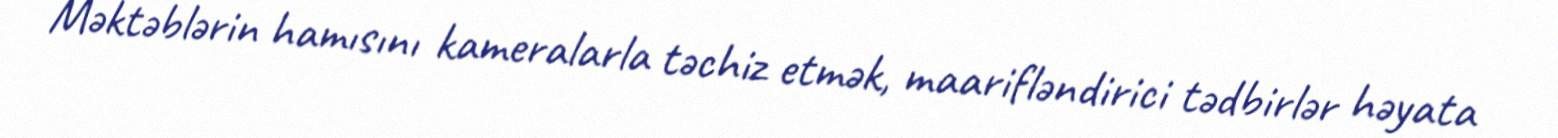
Məktəblərin hamısını kameralarla təchiz etmək, maarifləndirici tədbirlər həyata